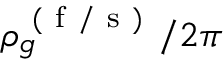
\rho _ { g } ^ { \mathrm { ~ ( ~ f ~ / ~ s ~ ) ~ } } / 2 \pi